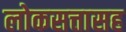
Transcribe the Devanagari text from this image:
लोकसत्तासह